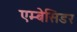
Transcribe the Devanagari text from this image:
एम्बेसिडर